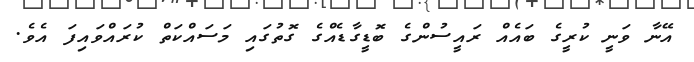
އޭނާ ވަނީ ކުރީގެ ބައެއް ރައީސުންގެ ބޮޑީގާޑެއްގެ ގޮތުގައި މަސައްކަތް ކުރައްވައިފަ އެވެ.